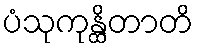
ပံသုကုန္ထိတာတိ